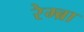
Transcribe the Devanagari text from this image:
रेम्ब्रा